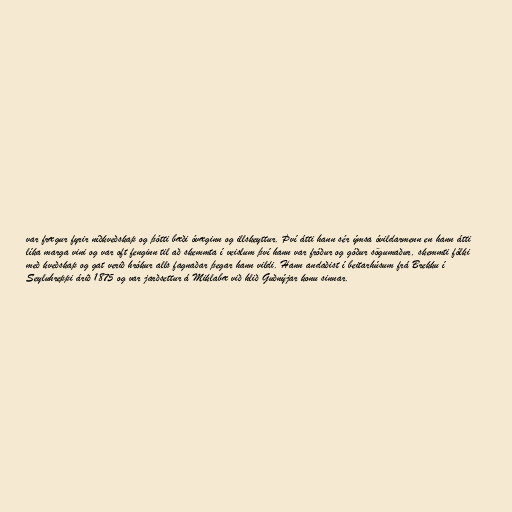
var frægur fyrir níðkveðskap og þótti bæði óvæginn og illskeyttur. Því átti hann sér ýmsa óvildarmenn en hann átti
líka marga vini og var oft fenginn til að skemmta í veislum því hann var fróður og góður sögumaður, skemmti fólki
með kveðskap og gat verið hrókur alls fagnaðar þegar hann vildi. Hann andaðist í beitarhúsum frá Brekku í
Seyluhreppi árið 1875 og var jarðsettur á Miklabæ við hlið Guðnýjar konu sinnar.